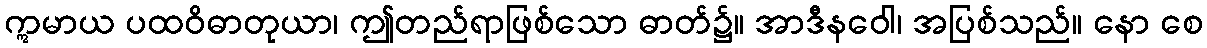
ဣမာယ ပထဝိဓာတုယာ၊ ဤတည်ရာဖြစ်သော ဓာတ်၌။ အာဒီနဝေါ၊ အပြစ်သည်။ နော စေ